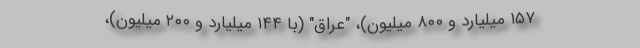
۱۵۷ میلیارد و ۸۰۰ میلیون)، "عراق" (با ۱۴۴ میلیارد و ۲۰۰ میلیون)،